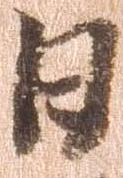
日